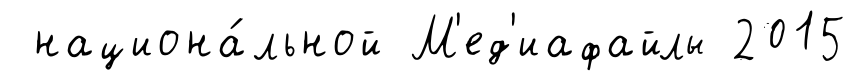
национа́льной М'ед'иафайлы 2015